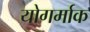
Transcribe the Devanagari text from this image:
योगर्माक